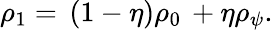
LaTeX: \begin{array}{r}{\rho_{1}=\, (1-\eta)\rho_{0}\, +\eta\rho_{\psi}.}\end{array}